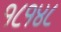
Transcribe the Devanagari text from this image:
१८१४८